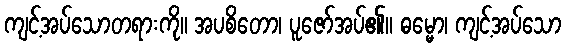
ကျင့်အပ်သောတရားကို။ အပစိတော၊ ပူဇော်အပ်၏။ ဓမ္မော၊ ကျင့်အပ်သော